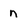
Character: n